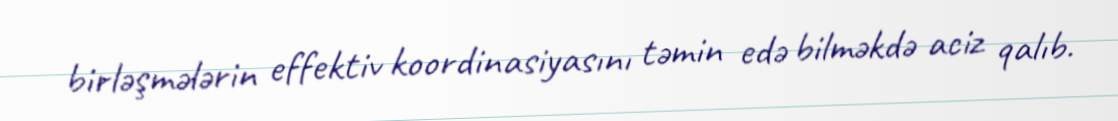
birləşmələrin effektiv koordinasiyasını təmin edə bilməkdə aciz qalıb.